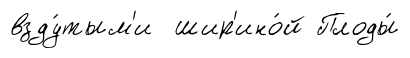
взду́тым'и шир'ино́й Плоды́